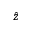
\hat { z }